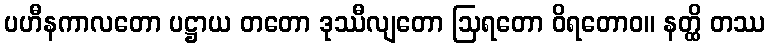
ပဟီနကာလတော ပဋ္ဌာယ တတော ဒုဿီလျတော ဩရတော ဝိရတောဝ။ နတ္ထိ တဿ